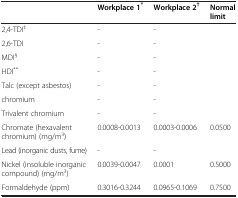
<table><thead><tr><td><b> </b></td><td><b>Workplace 1<sup>*</sup></b></td><td><b>Workplace 2<sup>†</sup></b></td><td><b>Normal limit</b></td></tr></thead><tbody><tr><td>2,4-TDI<sup>‡</sup></td><td>-</td><td>-</td><td> </td></tr><tr><td>2,6-TDI</td><td>-</td><td>-</td><td> </td></tr><tr><td>MDI<sup>§</sup></td><td>-</td><td>-</td><td> </td></tr><tr><td>HDI<sup>**</sup></td><td>-</td><td>-</td><td> </td></tr><tr><td>Talc (except asbestos)</td><td>-</td><td>-</td><td> </td></tr><tr><td>chromium</td><td>-</td><td>-</td><td> </td></tr><tr><td>Trivalent chromium</td><td>-</td><td>-</td><td> </td></tr><tr><td>Chromate (hexavalent chromium) (mg/m<sup>3</sup>)</td><td>0.0008-0.0013</td><td>0.0003-0.0006</td><td>0.0500</td></tr><tr><td>Lead (inorganic dusts, fume)</td><td>-</td><td>-</td><td> </td></tr><tr><td>Nickel (insoluble inorganic compound) (mg/m<sup>3</sup>)</td><td>0.0039-0.0047</td><td>0.0001</td><td>0.5000</td></tr><tr><td>Formaldehyde (ppm)</td><td>0.3016-0.3244</td><td>0.0965-0.1069</td><td>0.7500</td></tr></tbody></table>